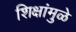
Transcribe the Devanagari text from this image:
शिक्षांमुळे